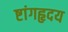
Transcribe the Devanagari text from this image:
ष्टांगहृदय